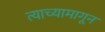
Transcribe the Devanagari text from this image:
त्याच्यामागून